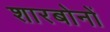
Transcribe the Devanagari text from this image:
शारबोनों